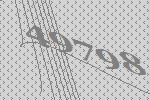
49798